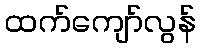
ထက်ကျော်လွန်